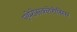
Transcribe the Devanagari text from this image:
एथेरोसक्लेरोसिस